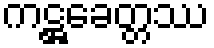
ကဋ္ဌခေတ္တဿ